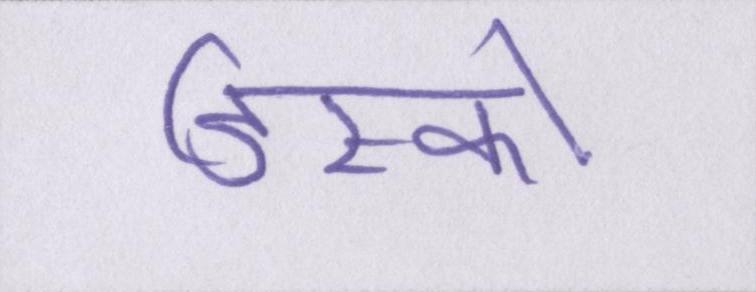
डिस्को